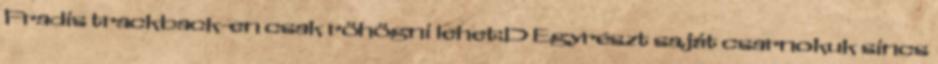
Fradis trackback-en csak röhögni lehet:D Egyrészt saját csarnokuk sincs